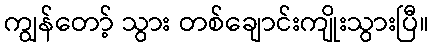
ကျွန်တော့် သွား တစ်ချောင်းကျိုးသွားပြီ။